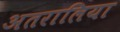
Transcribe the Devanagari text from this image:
अतरालिया